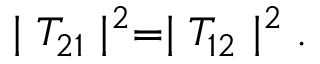
\mid T _ { 2 1 } \mid ^ { 2 } = \mid T _ { 1 2 } \mid ^ { 2 } .